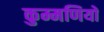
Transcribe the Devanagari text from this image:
कुम्मणियों